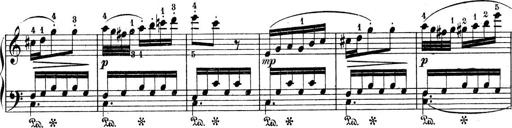
Title: 9 Sonatinen
Composer: Alexander Winterberger